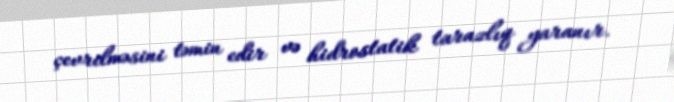
çevrilməsini təmin edir və hidrostatik tarazlıq yaranır.